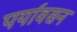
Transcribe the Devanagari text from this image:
पर्यावसन